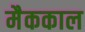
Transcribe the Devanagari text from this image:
मैककाल